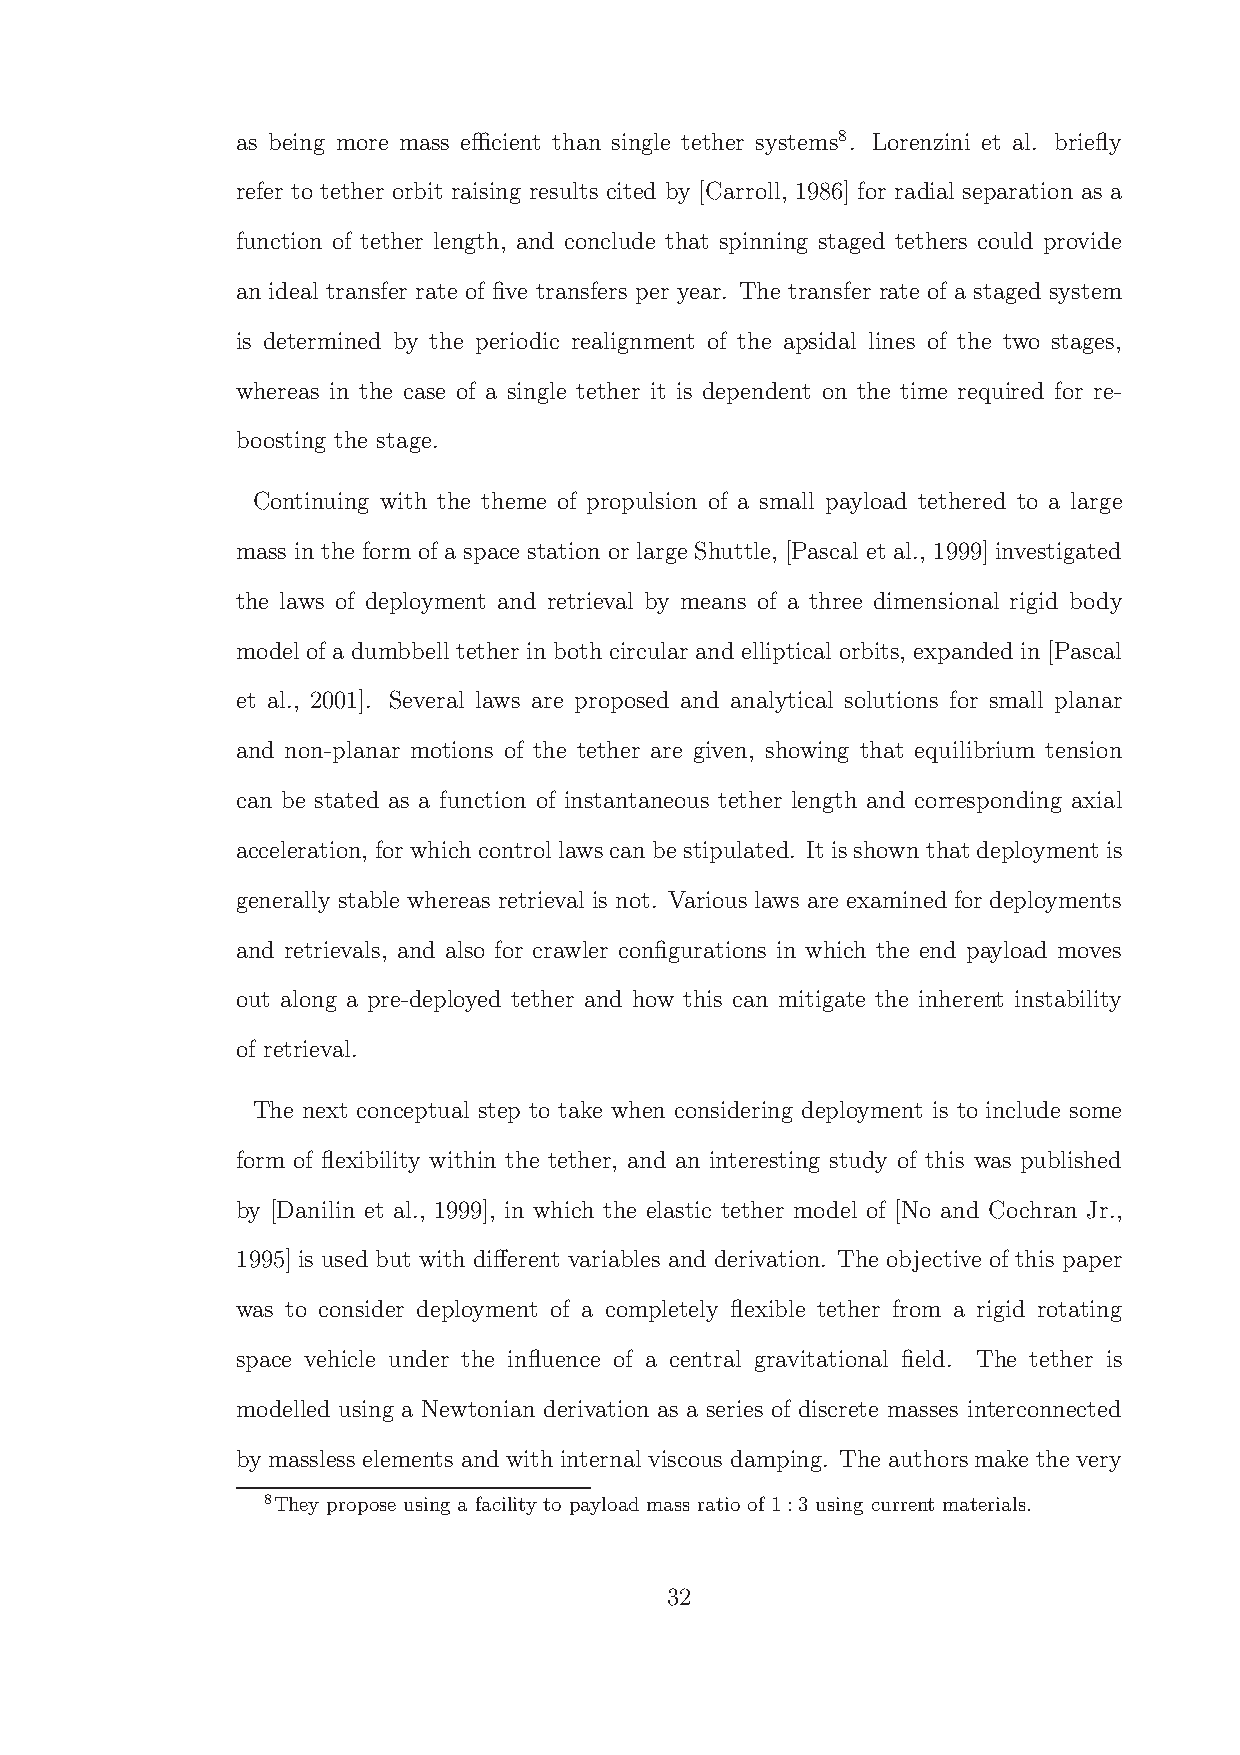
as being more mass efficient than single tether systems8. Lorenzini et al. briefly
 refer to tether orbit raising results cited by [Carroll, 1986] for radial separation as a
 function of tether length, and conclude that spinning staged tethers could provide
 an ideal transfer rate of five transfers per year. The transfer rate of a staged system
 is determined by the periodic realignment of the apsidal lines of the two stages,
 whereas in the case of a single tether it is dependent on the time required for re-
 boosting the stage.
 Continuing with the theme of propulsion of a small payload tethered to a large
 mass in the form of a space station or large Shuttle, [Pascal et al., 1999] investigated
 the laws of deployment and retrieval by means of a three dimensional rigid body
 model of a dumbbell tether in both circular and elliptical orbits, expanded in [Pascal
 et al., 2001]. Several laws are proposed and analytical solutions for small planar
 and non-planar motions of the tether are given, showing that equilibrium tension
 can be stated as a function of instantaneous tether length and corresponding axial
 acceleration, forwhich control lawscanbestipulated. It isshown that deployment is
 generally stable whereas retrieval is not. Various laws are examined for deployments
 and retrievals, and also for crawler configurations in which the end payload moves
 out along a pre-deployed tether and how this can mitigate the inherent instability
 of retrieval.
 The next conceptual step to take when considering deployment is to include some
 form of flexibility within the tether, and an interesting study of this was published
 by [Danilin et al., 1999], in which the elastic tether model of [No and Cochran Jr.,
 1995] is used but with different variables and derivation. The objective of this paper
 was to consider deployment of a completely flexible tether from a rigid rotating
 space vehicle under the influence of a central gravitational field. The tether is
 modelled using a Newtonian derivation as a series of discrete masses interconnected
 by massless elements andwith internal viscous damping. The authorsmake the very
 8They propose using a facility to payload mass ratio of 1:3 using current materials.
 32